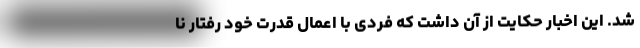
شد. این اخبار حکایت از آن داشت که فردی با اعمال قدرت خود رفتار نا